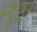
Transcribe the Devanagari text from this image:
स्ट्रूटर